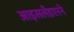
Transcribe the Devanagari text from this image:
आइसलँडएरने